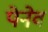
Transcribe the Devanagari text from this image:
पेनेव